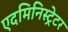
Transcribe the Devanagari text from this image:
एदमिनिस्ट्रेटर